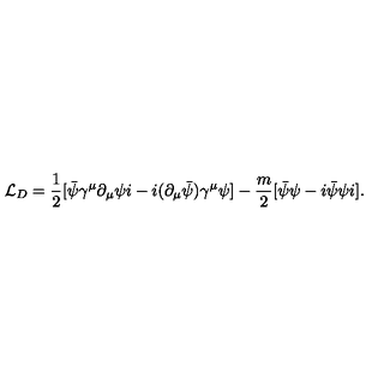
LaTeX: { \cal L } _ { D } = \frac { 1 } { 2 } [ \bar { \psi } \gamma ^ { \mu } \partial _ { \mu } \psi i - i ( \partial _ { \mu } \bar { \psi } ) \gamma ^ { \mu } \psi ] - \frac { m } { 2 } [ \bar { \psi } \psi - i \bar { \psi } \psi i ] .